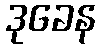
ဒုခေန